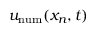
u _ { \mathrm { n u m } } ( x _ { n } , t )